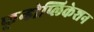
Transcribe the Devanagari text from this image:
फुन्डोप्लिकेशन